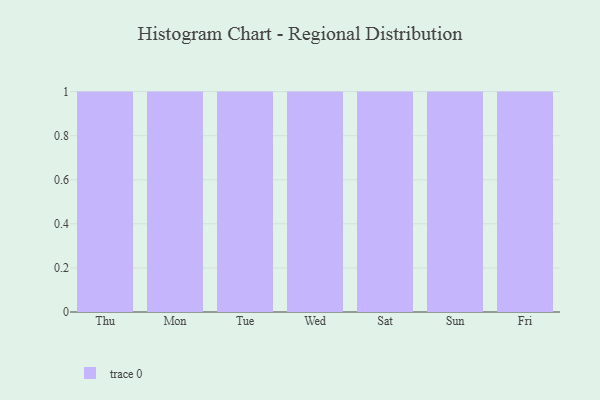
{"axis": {"x": "Day", "y": "Net Income (USD K)"}, "legend": [""], "data": [{"x": "Thu", "y": 2, "type": ""}, {"x": "Mon", "y": 98, "type": ""}, {"x": "Tue", "y": 90, "type": ""}, {"x": "Wed", "y": 35, "type": ""}, {"x": "Sat", "y": 48, "type": ""}, {"x": "Sun", "y": 72, "type": ""}, {"x": "Fri", "y": 23, "type": ""}]}